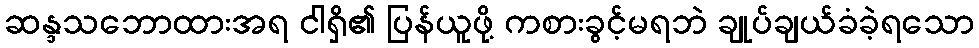
ဆန္ဒသဘောထားအရ ငါရှိ၏ ပြန်ယူဖို့ ကစားခွင့်မရဘဲ ချုပ်ချယ်ခံခဲ့ရသော